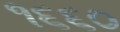
૧૬૬૦